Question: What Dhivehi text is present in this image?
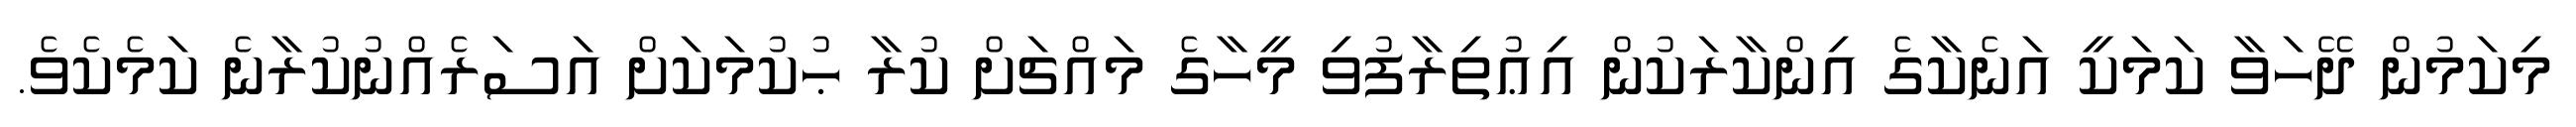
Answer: މިކަމުން ދޭހަވާ ކަމަކީ އަނެކާގެ އިންކާރަކުން އިޢުތިރާފުވި މީހާގެ މައްޗަށް ކުރާ ޙުކުމަކަށް އަސަރެއްނުކުރާނެ ކަމެކެވެ.